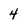
Character: 4